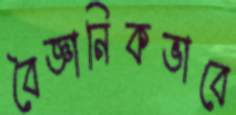
বৈজ্ঞানিকভাবে